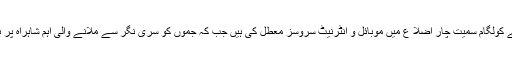
عالمی خبررساں ایجنسی کے مطابق بھارتی حکام نے کولگام سمیت چار اضلا ع میں موبائل و انٹرنیٹ سروسز معطل کی ہیں جب کہ جموں کو سری نگر سے ملانے والی اہم شاہراہ پر بھی سیکیورٹی کی بھاری نفری تعینات کی گئی ہے۔